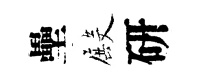
壘殿研